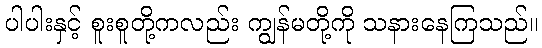
ပါပါးနှင့် စူးစူတို့ကလည်း ကျွန်မတို့ကို သနားနေကြသည်။